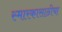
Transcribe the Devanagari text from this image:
स्मारकासाठीचा